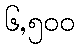
၆,၅၀၀